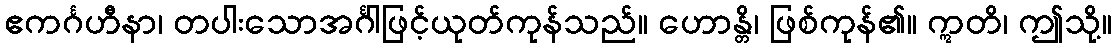
ဧကင်္ဂဟီနာ၊ တပါးသောအင်္ဂါဖြင့်ယုတ်ကုန်သည်။ ဟောန္တိ၊ ဖြစ်ကုန်၏။ ဣတိ၊ ဤသို့။